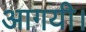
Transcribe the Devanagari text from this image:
आगयी।